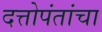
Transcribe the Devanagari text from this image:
दत्तोपंतांचा